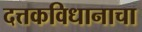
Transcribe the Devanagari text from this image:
दत्तकविधानाचा